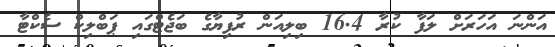
އަންނަ އަހަރަށް ލަފާ ކުރާ 16.4 ބިލިއަން ރުފިޔާގެ ބަޖެޓްގައި ޕަބްލިކް ސެކްޓާ